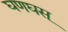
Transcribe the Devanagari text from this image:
घणघस्